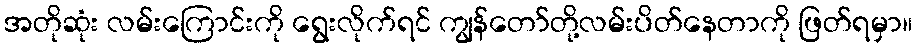
အတိုဆုံး လမ်းကြောင်းကို ရွေးလိုက်ရင် ကျွန်တော်တို့လမ်းပိတ်နေတာကို ဖြတ်ရမှာ။